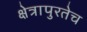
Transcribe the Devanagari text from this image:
क्षेत्रापुरतेच